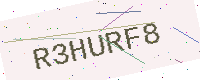
Text: R3HURF8